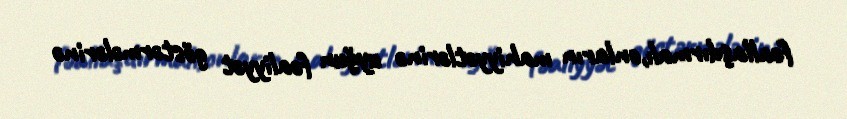
fəallaşdırmalı,onların mahiyyətlərinə uyğun fəaliyyət göstərmələrinə